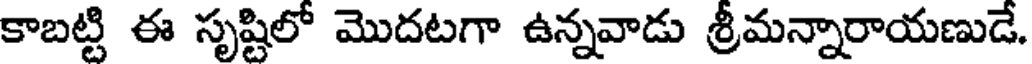
కాబట్టి ఈ సృష్టిలో మొదటగా ఉన్నవాడు శ్రీమన్నారాయణుడే.